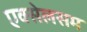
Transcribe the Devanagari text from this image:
एक्सेलसम